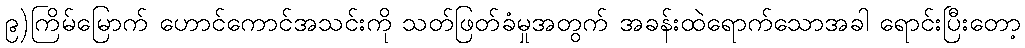
၉)ကြိမ်မြောက် ဟောင်ကောင်အသင်းကို သတ်ဖြတ်ခံမှုအတွက် အခန်းထဲရောက်သောအခါ ရောင်းပြီးတော့